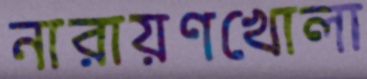
নারায়ণখোলা